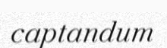
captandum